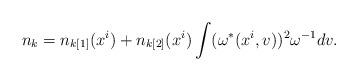
LaTeX: \begin{align*}n_{k}=n_{k[1]} ( x^{i} ) +n_{k[2]} ( x^{i} )\int (\omega^* ( x^{i},v ))^2 \omega ^{-1} dv.\end{align*}